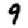
Digit: 9